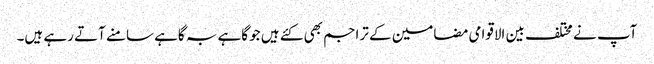
آپ نے مختلف بین الاقوامی مضامین کے تراجم بھی کئے ہیں جو گاہے بہ گاہے سامنے آتے رہے ہیں۔